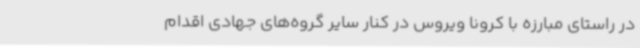
در راستای مبارزه با کرونا ویروس در کنار سایر گروه‌های جهادی اقدام